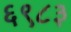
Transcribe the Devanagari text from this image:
६९८३